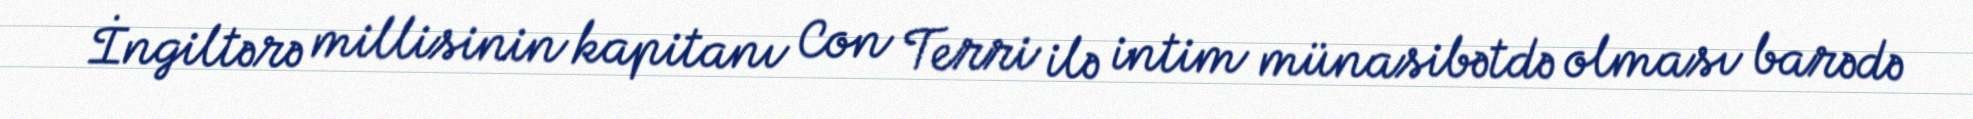
İngiltərə millisinin kapitanı Con Terri ilə intim münasibətdə olması barədə